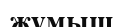
жүмыш